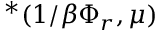
^ { * } ( 1 / \beta \Phi _ { r } , \mu )